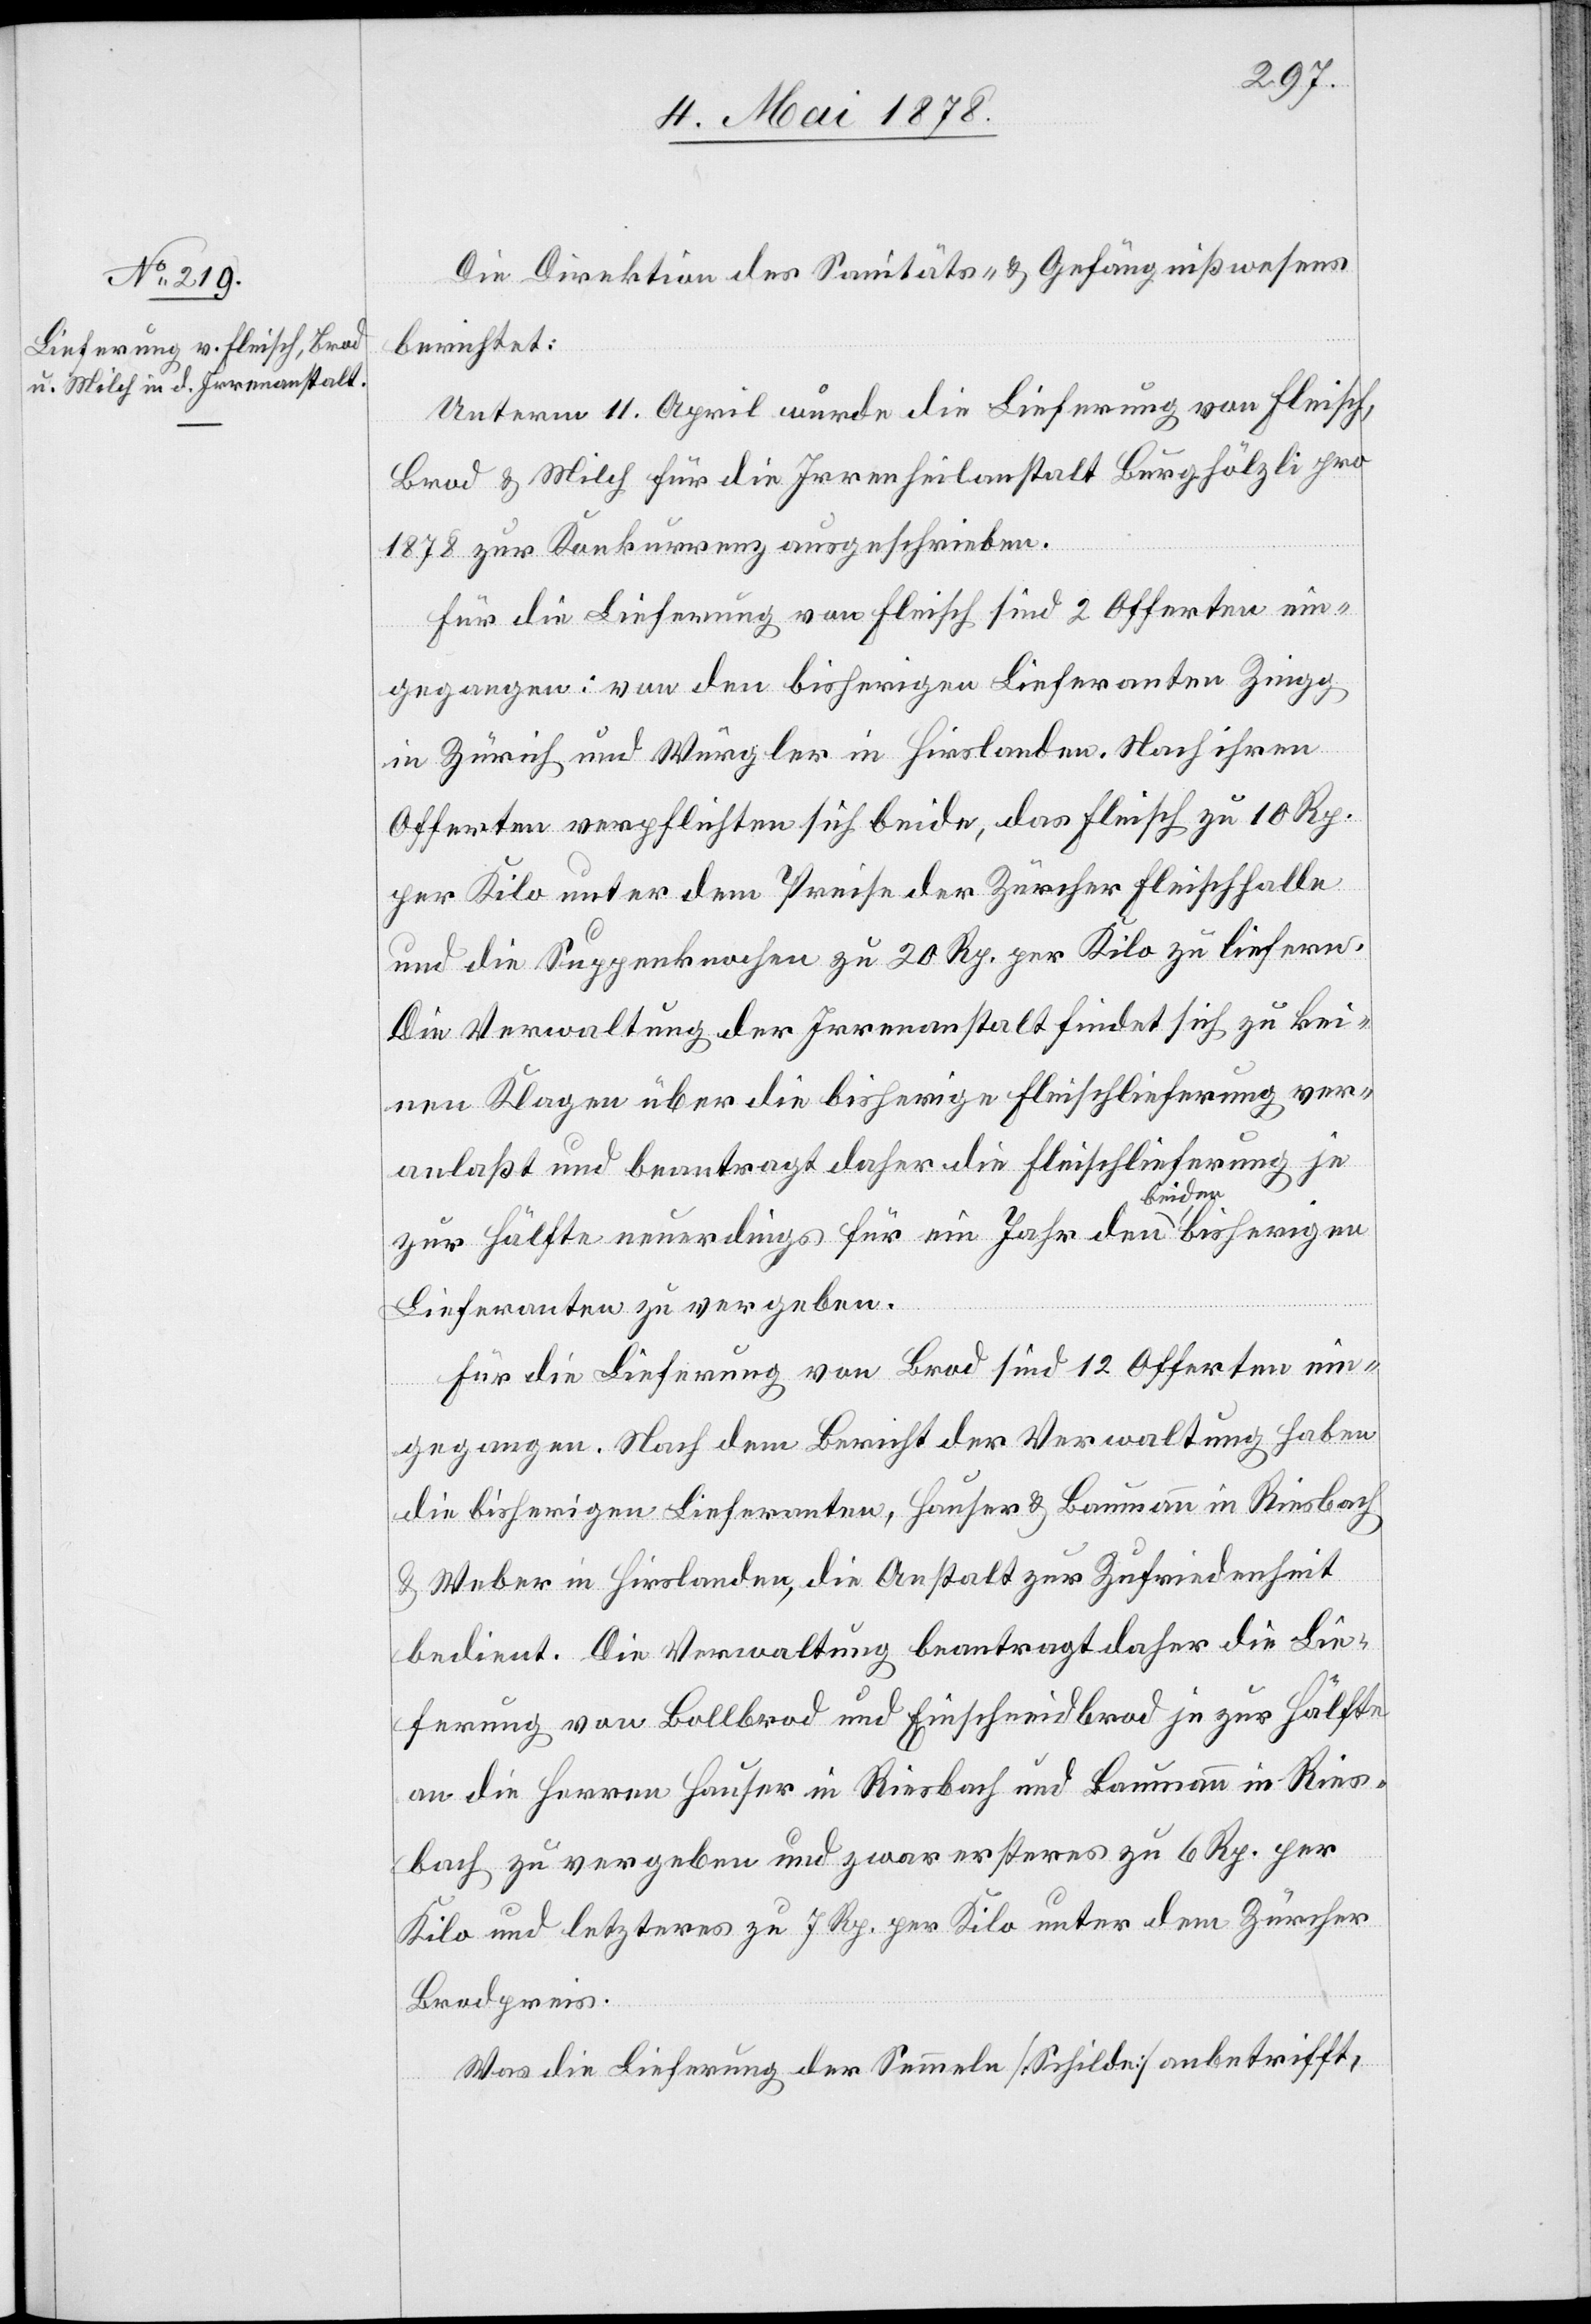
Die Direktion des Sanitäts- & Gefängnißwesens
berichtet:
Unterm 11. April wurde die Lieferung von Fleisch,
Brod & Milch für die Irrenheilanstalt Burghölzli pro
1878 zur Konkurrenz ausgeschrieben.
Für die Lieferung von Fleisch sind 2 Offerten ein¬
gegangen: von den bisherigen Lieferanten Zingg
in Zürich und Würgler in Hirslanden. Nach ihren
Offerten verpflichten sich beide, das Fleisch zu 10 Rp.
per Kilo unter dem Preise der Zürcher Fleischhalle
und die Suppenknochen zu 20 Rp. per Kilo zu liefern.
Die Verwaltung der Irrenanstalt findet sich zu kei¬
nen Klagen über die bisherige Fleischlieferung ver¬
anlaßt und beantragt daher die Fleischlieferung je
zur Hälfte neuerdings für ein Jahr den beiden bisherigen
Lieferanten zu vergeben.
Für die Lieferung von Brod sind 12 Offerten ein¬
gegangen. Nach dem Bericht der Verwaltung haben
die bisherigen Lieferanten, Hauser & Baumann in Riesbach
& Weber in Hirslanden, die Anstalt zur Zufriedenheit
bedient. Die Verwaltung beantragt daher die Lie¬
ferung von Bollbrod und Einschneidbrod je zur Hälfte
an die Herren Hauser in Riesbach und Baumann in Ries¬
bach zu vergeben und zwar ersteres zu 6 Rp. per
Kilo und letzteres zu 7 Rp. per Kilo unter dem Zürcher
Brodpreis.
Was die Lieferung der Semmeln [Schilde] anbetrifft,